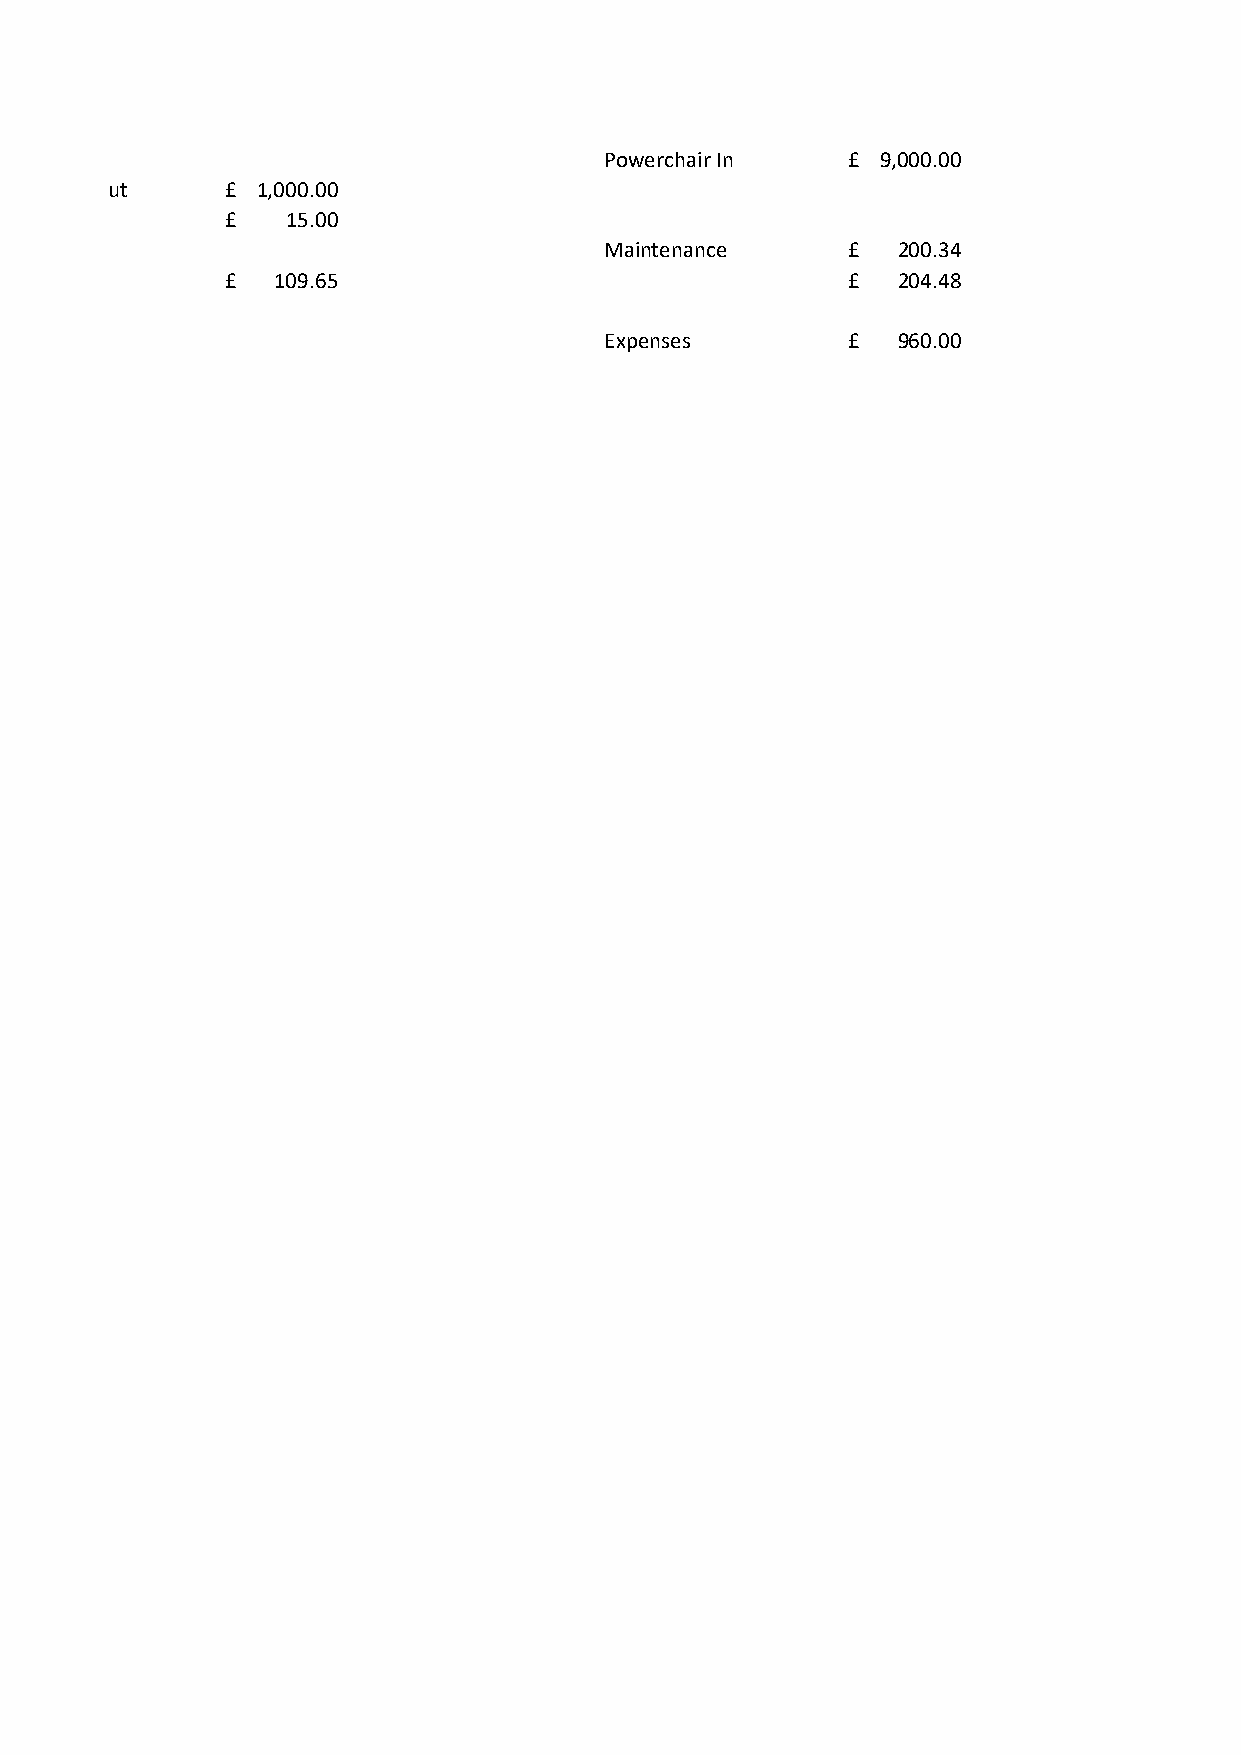
Powerchair In   £ 9,000.00
 Powerchair Out £ 1,000.00
 £   15.00
 Maintenance     £  200.34
 £  109.65                                £  204.48
 Expenses        £  960.00
 Summer Camp out